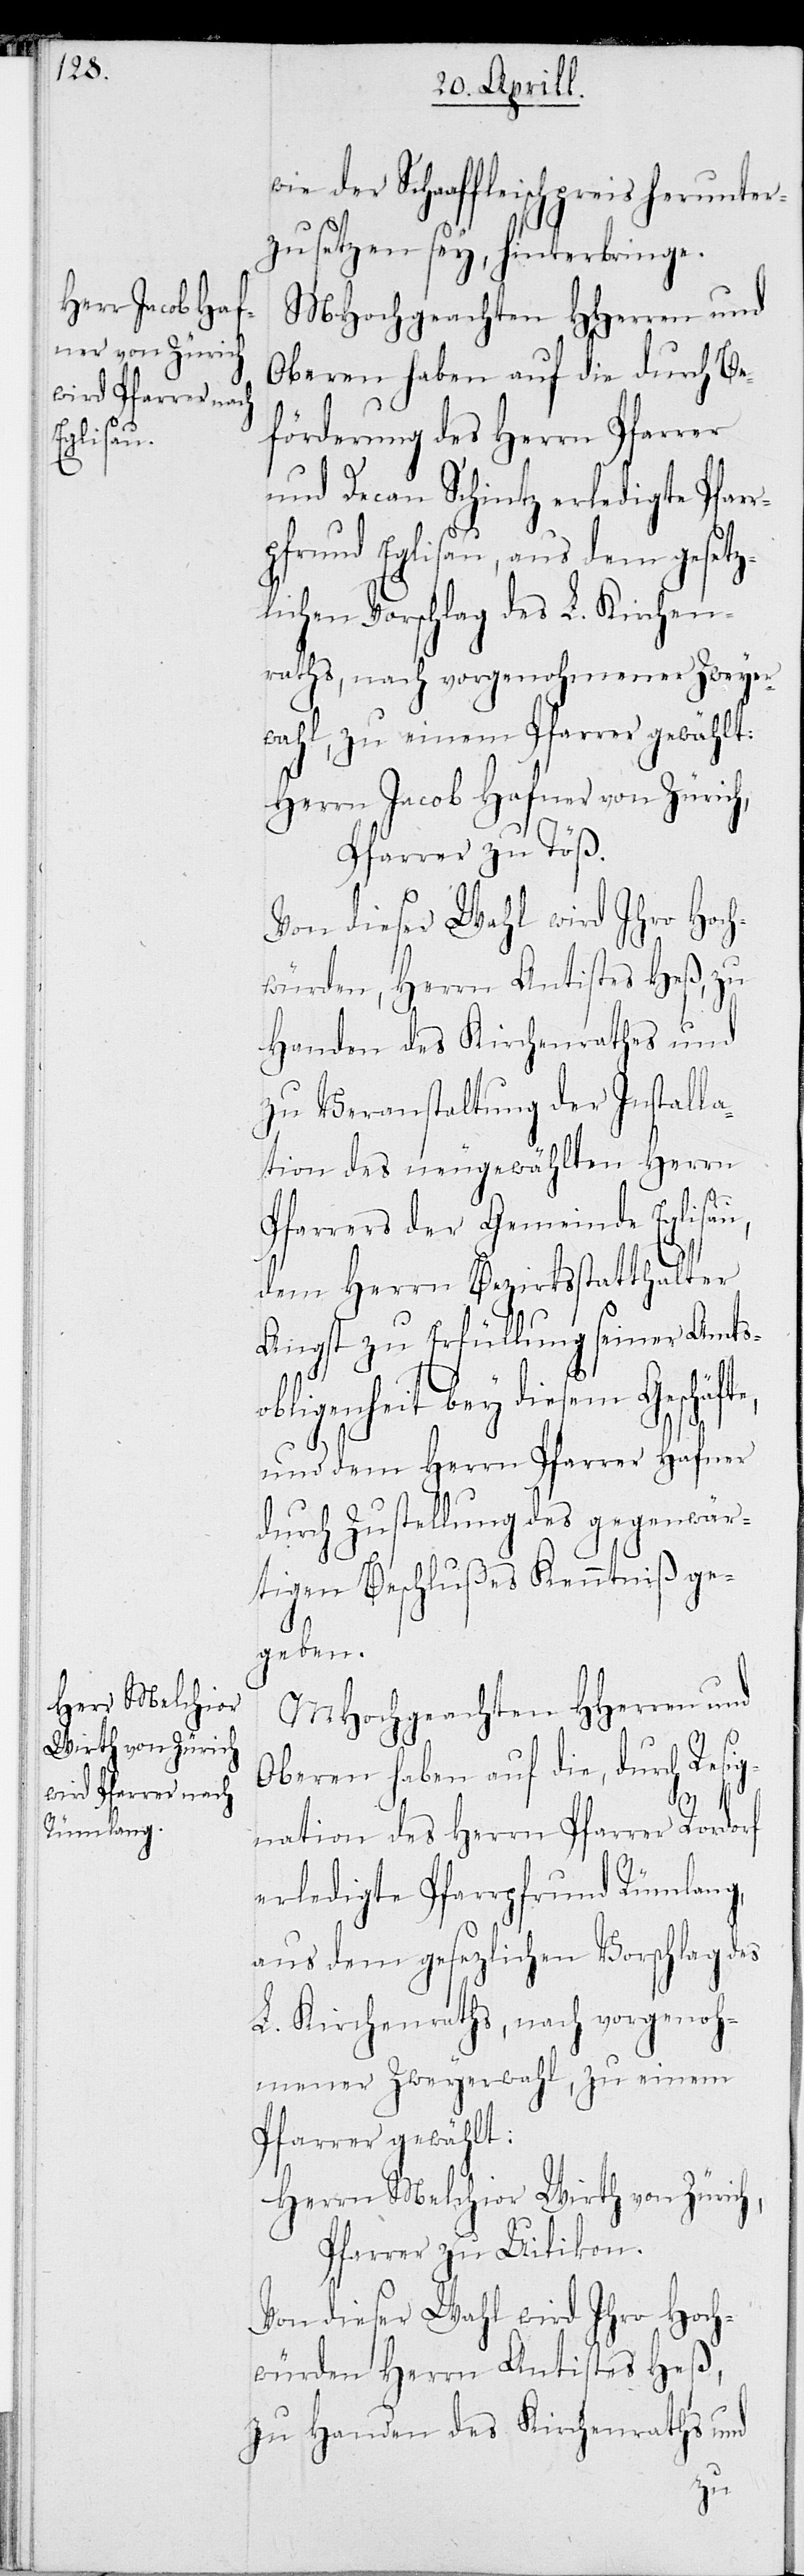
wie der Schaaffleischpreis herunter¬
zusetzen sey, hinterbringe.
MHochgeachten HHerren und
Oberen haben auf die durch Be¬
förderung des Herrn Pfarrer
und Decan Schintz erledigte Pfar¬
rpfrund Eglisau, aus dem gesetz¬
lichen Vorschlag des L. Kirchen¬
raths, nach vorgenohmener Zweyer¬
wahl, zu einem Pfarrer gewählt:
Herrn Jacob Hafner von Zürich,
Pfarrer zu Töß.
Von dieser Wahl wird Ihro Hoch¬
würden, Herrn Antistes Heß, zu
Handen des Kirchenraths und
zu Veranstaltung der Installa¬
tion des neugewählten Herrn
Pfarrers der Gemeinde Eglisau,
dem Herrn Bezirksstatthalter
Angst zu Erfüllung seiner Amtso¬
bligenheit bey diesem Geschäf¬
und dem Herrn Pfarrer Hafner
durch Zustellung des gegenwär¬
tigen Beschlußes Kenntniß ge¬
geben.
MHochgeachten HHerren und
Oberen haben auf die, durch Resig¬
nation des Herrn Pfarrer Rordorf
erledigte Pfarrpfrund Rümlang,
aus dem gesezlichen Vorschlag des
L. Kirchenraths, nach vorgenoh¬
mener Zweyerwahl, zu einem
Pfarrer gewählt:
Herrn Melchior Wirth von Zürich,
Pfarrer zu Uitikon.
Von dieser Wahl wird Ihro Hoch¬
würden Herrn Antistes Heß,
zu Handen des Kirchenraths und
te,